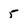
Character: 5